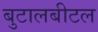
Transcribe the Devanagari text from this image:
बुटालबीटल